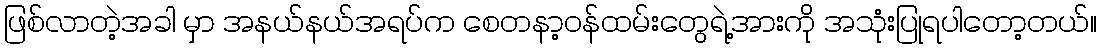
ဖြစ်လာတဲ့အခါ မှာ အနယ်နယ်အရပ်က စေတနာ့ဝန်ထမ်းတွေရဲ့အားကို အသုံးပြုရပါတော့တယ်။